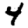
Digit: 4